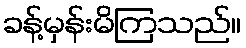
ခန့်မှန်းမိကြသည်။